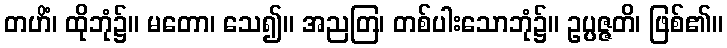
တဟိံ၊ ထိုဘုံ၌။ မတော၊ သေ၍။ အညတြ၊ တစ်ပါးသောဘုံ၌။ ဥပ္ပဇ္ဇတိ၊ ဖြစ်၏။